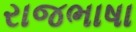
રાજભાષા